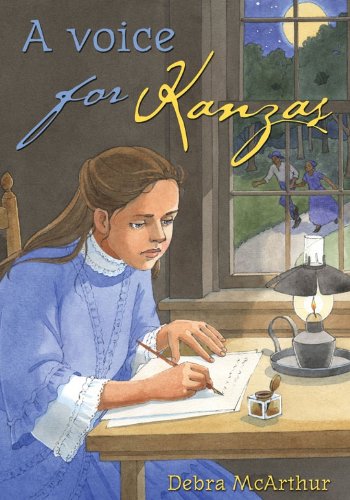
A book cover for A Voice for Kanzas; Debra McArthur; Teen & Young Adult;